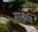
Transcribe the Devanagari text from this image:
मालेराव